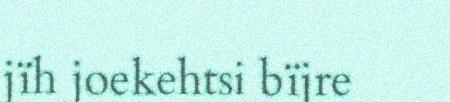
jïh joekehtsi bïjre